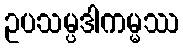
ဥပသမ္ပဒါကမ္မဿ